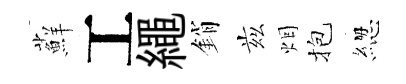
蘚工繩銷兹烟抱緫